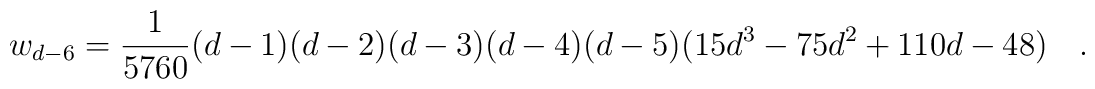
w_{d-6}={1 \over 5760}(d-1)(d-2)(d-3)(d-4)(d-5)(15d^3-75d^2+110d-48)~~~.